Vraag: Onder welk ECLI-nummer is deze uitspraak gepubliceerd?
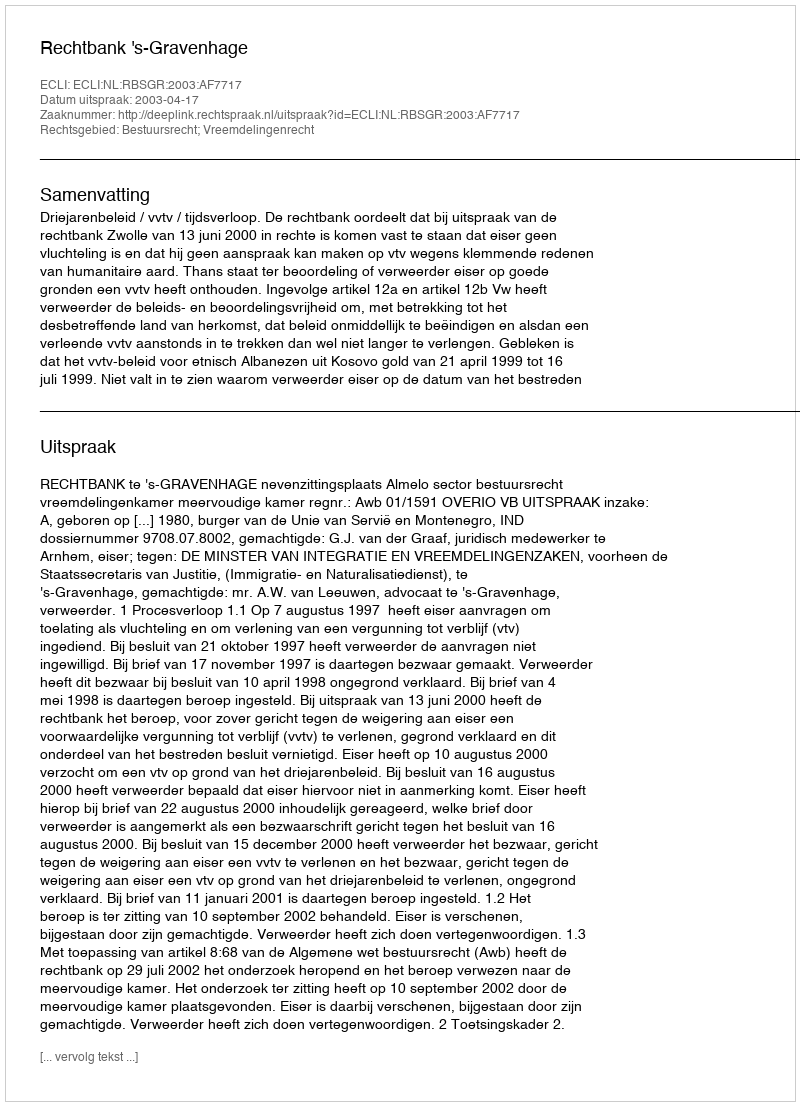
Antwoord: ECLI:NL:RBSGR:2003:AF7717